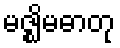
မဇ္ဈိမဓာတု